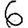
Digit: 6